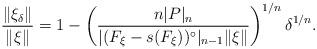
LaTeX: \begin{align*}\frac{\|\xi_{\delta}\|}{\|\xi\|}=1-\left(\frac{n|P|_{n}}{|(F_{\xi}-s(F_{\xi}))^{\circ}|_{n-1}\|\xi\|}\right)^{1/n}\delta^{1/n}.\end{align*}